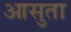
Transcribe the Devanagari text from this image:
आसुता